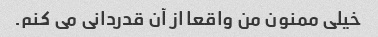
خیلی ممنون من واقعا از آن قدردانی می کنم.